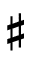
\sharp